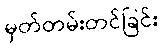
မှတ်တမ်းတင်ခြင်း